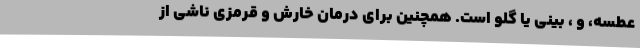
عطسه، و ، بینی یا گلو است. همچنین برای درمان خارش و قرمزی ناشی از